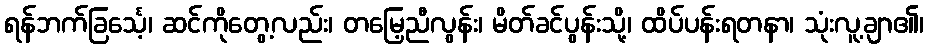
ရန်ဘက်ခြင်္သေ့၊ ဆင်ကိုတွေ့လည်း၊ တမြေ့ညီလွန်း၊ မိတ်ခင်ပွန်းသို့၊ ထိပ်ပန်းရတနာ၊ သုံးလူ့ချာ၏၊